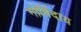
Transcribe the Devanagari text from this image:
गोविंदाय